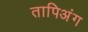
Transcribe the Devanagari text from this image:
तापिअंग